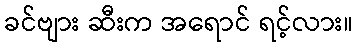
ခင်ဗျား ဆီးက အရောင် ရင့်လား။